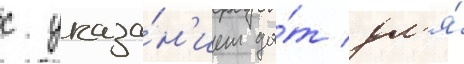
с указа́н'ием да́т дл'я́